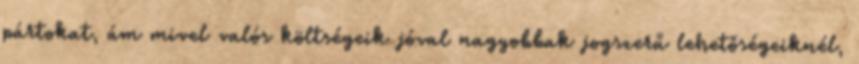
pártokat, ám mivel valós költségeik jóval nagyobbak jogszerű lehetőségeiknél,